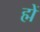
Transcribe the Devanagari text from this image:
ह्में